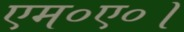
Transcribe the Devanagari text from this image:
एम०ए०।